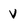
Character: v